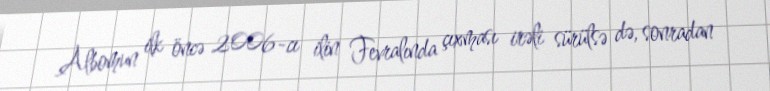
Albomun ilk öncə 2006-cı ilin Fevralında çıxması irəli sürülsə də, sonradan